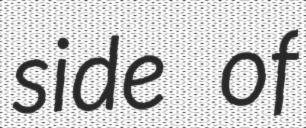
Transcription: side of